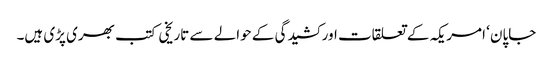
جاپان ‘ امریکہ کے تعلقات اور کشیدگی کے حوالے سے تاریخی کتب بھری پڑی ہیں۔